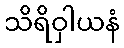
သိရိဝှါယနံ